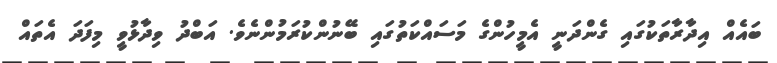
ބައެއް އިދާރާތަކުގައި ގެންދަނީ އެމީހުންގެ މަސައްކަތުގައި ބޭނުންކުރަމުންނެވެ. އަބްދު ވިދާޅުވީ މިފަދަ އެތައް